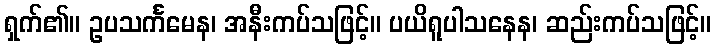
ရှက်၏။ ဥပသင်္ကမေန၊ အနီးကပ်သဖြင့်။ ပယိရူပါသနေန၊ ဆည်းကပ်သဖြင့်။